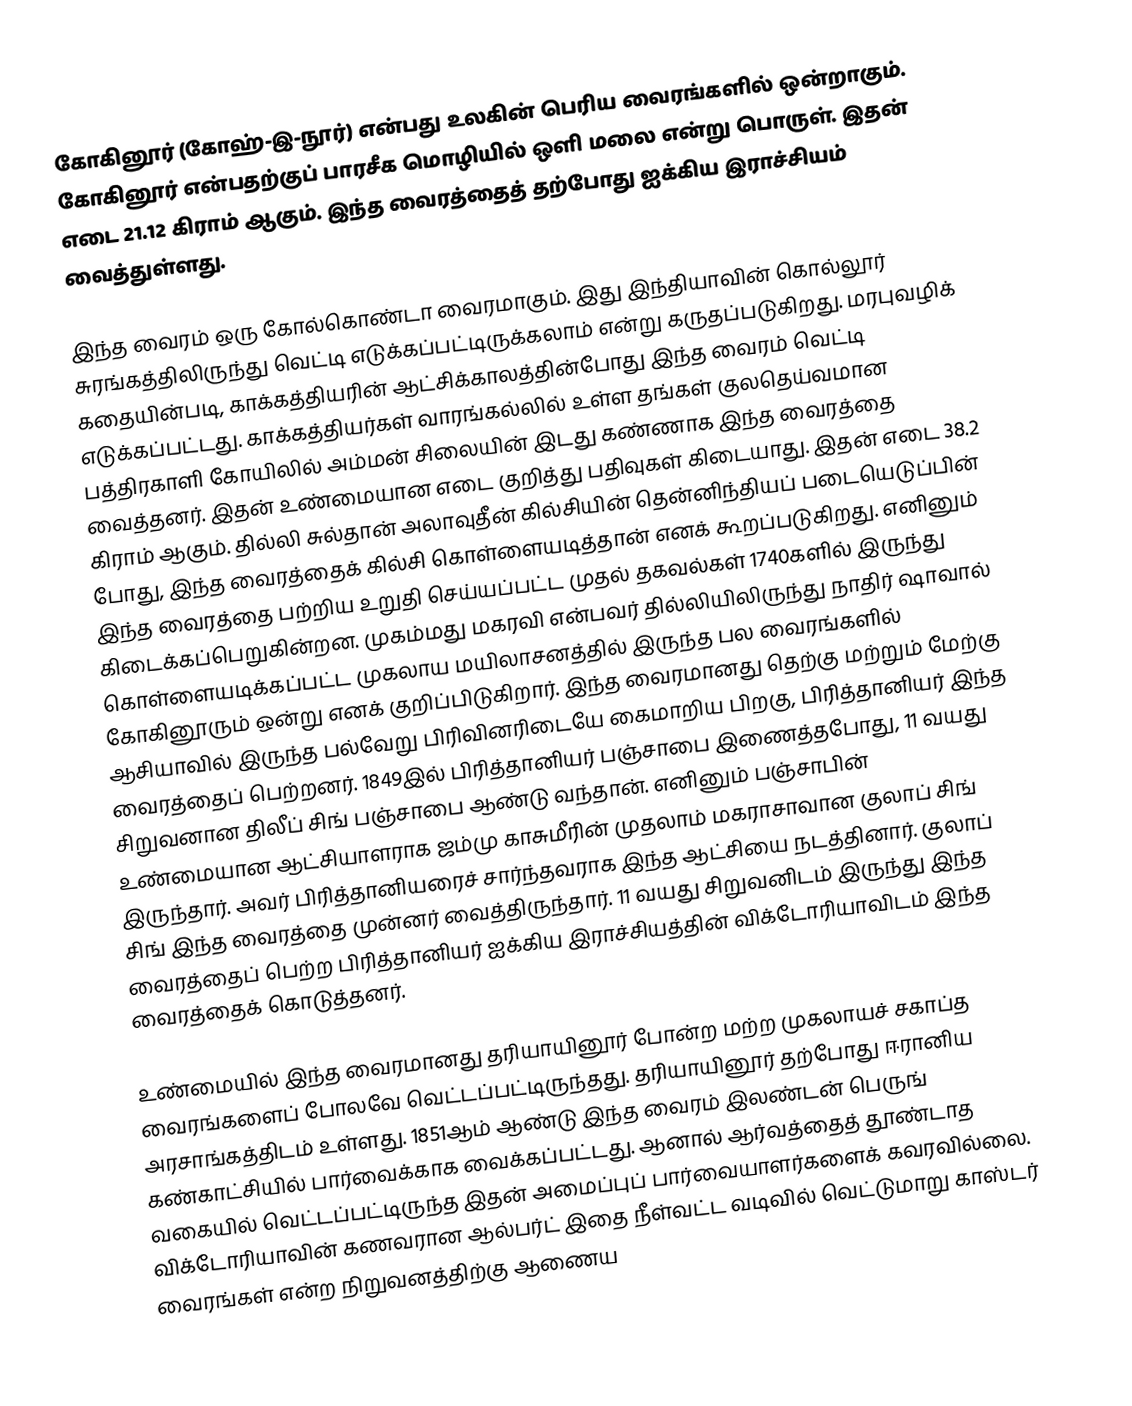
கோகினூர் (கோஹ்-இ-நூர்) என்பது உலகின் பெரிய வைரங்களில் ஒன்றாகும். கோகினூர் என்பதற்குப் பாரசீக மொழியில் ஒளி மலை என்று பொருள். இதன் எடை 21.12 கிராம் ஆகும். இந்த வைரத்தைத் தற்போது ஐக்கிய இராச்சியம் வைத்துள்ளது.

இந்த வைரம் ஒரு கோல்கொண்டா வைரமாகும். இது இந்தியாவின் கொல்லூர் சுரங்கத்திலிருந்து வெட்டி எடுக்கப்பட்டிருக்கலாம் என்று கருதப்படுகிறது. மரபுவழிக் கதையின்படி, காக்கத்தியரின் ஆட்சிக்காலத்தின்போது இந்த வைரம் வெட்டி எடுக்கப்பட்டது. காக்கத்தியர்கள் வாரங்கல்லில் உள்ள தங்கள் குலதெய்வமான பத்திரகாளி கோயிலில் அம்மன் சிலையின் இடது கண்ணாக இந்த வைரத்தை வைத்தனர். இதன் உண்மையான எடை குறித்து பதிவுகள் கிடையாது. இதன் எடை 38.2 கிராம் ஆகும். தில்லி சுல்தான் அலாவுதீன் கில்சியின் தென்னிந்தியப் படையெடுப்பின் போது, இந்த வைரத்தைக் கில்சி கொள்ளையடித்தான் எனக் கூறப்படுகிறது. எனினும் இந்த வைரத்தை பற்றிய உறுதி செய்யப்பட்ட முதல் தகவல்கள் 1740களில் இருந்து கிடைக்கப்பெறுகின்றன. முகம்மது மகரவி என்பவர் தில்லியிலிருந்து நாதிர் ஷாவால் கொள்ளையடிக்கப்பட்ட முகலாய மயிலாசனத்தில் இருந்த பல வைரங்களில் கோகினூரும் ஒன்று எனக் குறிப்பிடுகிறார். இந்த வைரமானது தெற்கு மற்றும் மேற்கு ஆசியாவில் இருந்த பல்வேறு பிரிவினரிடையே கைமாறிய பிறகு, பிரித்தானியர் இந்த வைரத்தைப் பெற்றனர். 1849இல் பிரித்தானியர் பஞ்சாபை இணைத்தபோது, 11 வயது சிறுவனான திலீப் சிங் பஞ்சாபை ஆண்டு வந்தான். எனினும் பஞ்சாபின் உண்மையான ஆட்சியாளராக ஜம்மு காசுமீரின் முதலாம் மகராசாவான குலாப் சிங் இருந்தார். அவர் பிரித்தானியரைச் சார்ந்தவராக இந்த ஆட்சியை நடத்தினார். குலாப் சிங் இந்த வைரத்தை முன்னர் வைத்திருந்தார். 11 வயது சிறுவனிடம் இருந்து இந்த வைரத்தைப் பெற்ற பிரித்தானியர் ஐக்கிய இராச்சியத்தின் விக்டோரியாவிடம் இந்த வைரத்தைக் கொடுத்தனர்.

உண்மையில் இந்த வைரமானது தரியாயினூர் போன்ற மற்ற முகலாயச் சகாப்த வைரங்களைப் போலவே வெட்டப்பட்டிருந்தது. தரியாயினூர் தற்போது ஈரானிய அரசாங்கத்திடம் உள்ளது. 1851ஆம் ஆண்டு இந்த வைரம் இலண்டன் பெருங் கண்காட்சியில் பார்வைக்காக வைக்கப்பட்டது. ஆனால் ஆர்வத்தைத் தூண்டாத வகையில் வெட்டப்பட்டிருந்த இதன் அமைப்புப் பார்வையாளர்களைக் கவரவில்லை. விக்டோரியாவின் கணவரான ஆல்பர்ட் இதை நீள்வட்ட வடிவில் வெட்டுமாறு காஸ்டர் வைரங்கள் என்ற நிறுவனத்திற்கு ஆணைய